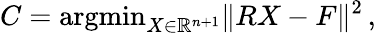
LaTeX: C=\mathrm{argmin}_{X\in\mathbb{R}^{n+1}}\| RX-F\| ^{2}\, ,